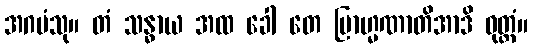
အဂမံသု။ တံ သန္ဓာယ အထ ခေါ တေ ဗြာဟ္မဏာတိအာဒိ ဝုတ္တံ။